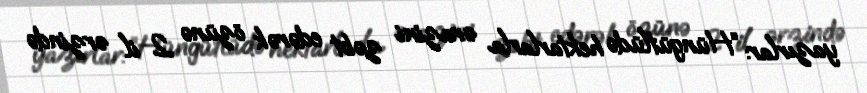
yazırlar: “Hüngütlüdə hektarlarla ərazini zəbt edərək özünə 2 il ərzində